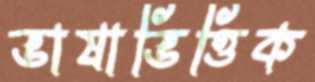
ভাষাভিত্তিক